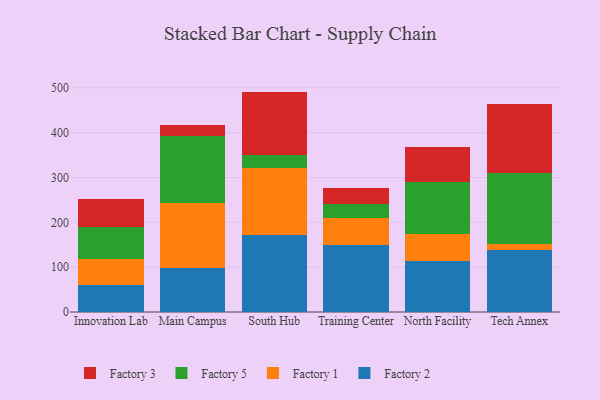
{"axis": {"x": "Campus", "y": "Energy Usage (MWh)"}, "legend": ["Factory 1", "Factory 2", "Factory 3", "Factory 5"], "data": [{"x": "Innovation Lab", "y": 59.3, "type": "Factory 2"}, {"x": "Innovation Lab", "y": 58.8, "type": "Factory 1"}, {"x": "Innovation Lab", "y": 72.0, "type": "Factory 5"}, {"x": "Innovation Lab", "y": 63.0, "type": "Factory 3"}, {"x": "Main Campus", "y": 97.4, "type": "Factory 2"}, {"x": "Main Campus", "y": 146.0, "type": "Factory 1"}, {"x": "Main Campus", "y": 149.0, "type": "Factory 5"}, {"x": "Main Campus", "y": 24.2, "type": "Factory 3"}, {"x": "South Hub", "y": 172.5, "type": "Factory 2"}, {"x": "South Hub", "y": 148.1, "type": "Factory 1"}, {"x": "South Hub", "y": 30.0, "type": "Factory 5"}, {"x": "South Hub", "y": 140.9, "type": "Factory 3"}, {"x": "Training Center", "y": 148.9, "type": "Factory 2"}, {"x": "Training Center", "y": 61.6, "type": "Factory 1"}, {"x": "Training Center", "y": 30.6, "type": "Factory 5"}, {"x": "Training Center", "y": 35.9, "type": "Factory 3"}, {"x": "North Facility", "y": 114.7, "type": "Factory 2"}, {"x": "North Facility", "y": 58.8, "type": "Factory 1"}, {"x": "North Facility", "y": 116.5, "type": "Factory 5"}, {"x": "North Facility", "y": 78.6, "type": "Factory 3"}, {"x": "Tech Annex", "y": 138.4, "type": "Factory 2"}, {"x": "Tech Annex", "y": 12.3, "type": "Factory 1"}, {"x": "Tech Annex", "y": 158.8, "type": "Factory 5"}, {"x": "Tech Annex", "y": 153.4, "type": "Factory 3"}]}